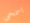
اسمحى